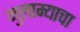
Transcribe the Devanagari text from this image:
मुलाम्याचा